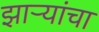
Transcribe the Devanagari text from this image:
झाऱ्यांचा